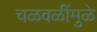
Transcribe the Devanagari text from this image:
चळवळींमुळे